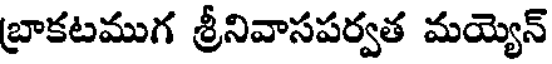
బ్రాకటముగ శ్రీనివాసపర్వత మయ్యెన్